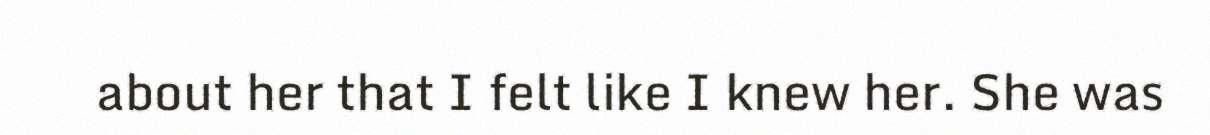
about her that I felt like I knew her. She was